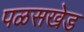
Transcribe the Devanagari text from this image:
पळसखेड